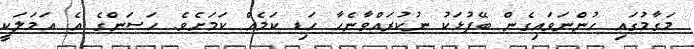
މަގާމުގައި ހުންނަވައިގެން ބޭފުޅަކު ނުކުރައްވާނެހާ ހަޑި ކަމެއް ކަމަށެވެ. ހަސަންގެ އެ އަމަލަކީ